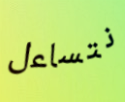
نتساءل